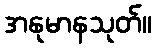
အနုမာနသုတ်။